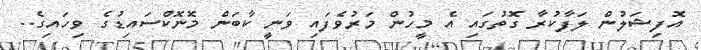
އޮފިޝަލުން ލަފާކުރާ ގޮތުގައި އެ މީހުން މަރުވެފައި ވަނީ ކާބަން މޮނޮކްސައިޑުގެ ވިހައިގެ..